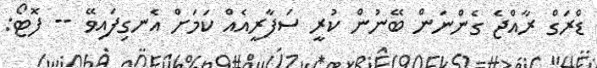
ޑްރަގް ރާއްޖެ ގެންނަން ބޭނުން ކުރީ ސަފާރީއެއް ކަމަށް އެނގިފައިވޭ -- ފޮޓޯ: